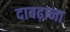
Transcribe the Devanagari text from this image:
दाबढ़ाना